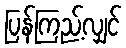
ပြန်ကြည့်လျှင်